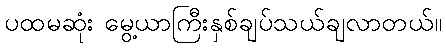
ပထမဆုံး မွေ့ယာကြီးနှစ်ချပ်သယ်ချလာတယ်။